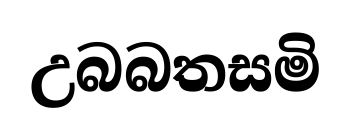
උබබතසමි